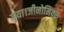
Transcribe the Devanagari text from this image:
गया।जीनोमिक्स